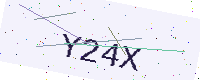
Text: Y24X